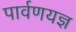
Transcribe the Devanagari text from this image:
पार्वणयज्ञ